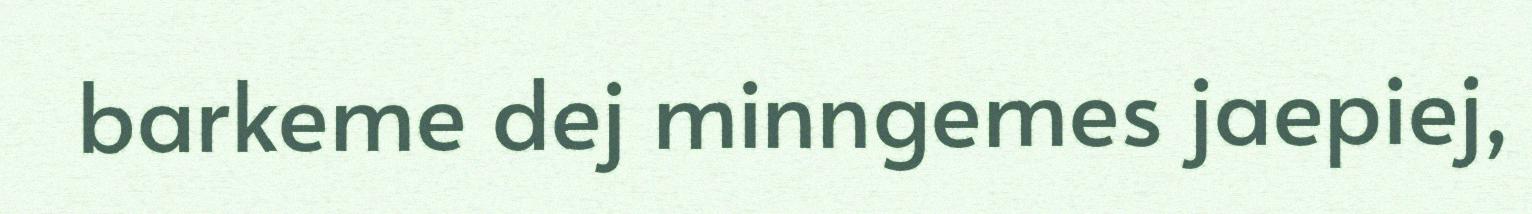
barkeme dej minngemes jaepiej,